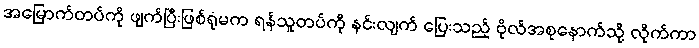
အမြောက်တပ်ကို ဖျက်ပြီးဖြစ်ရုံမက ရန်သူတပ်ကို နင်းလျက် ပြေးသည့် ဗိုလ်အစုနောက်သို့ လိုက်ကာ